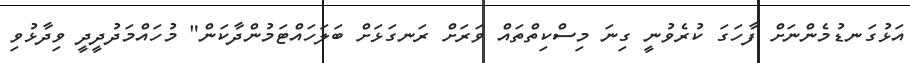
އަޅުގަނޑުމެންނަށް ފާހަގަ ކުރެވުނީ ގިނަ މިސްކިތްތައް ވަރަށް ރަނގަަޅަށް ބަލަހައްޓަމުންދާކަން" މުހައްމަދުދީދީ ވިދާޅުވި